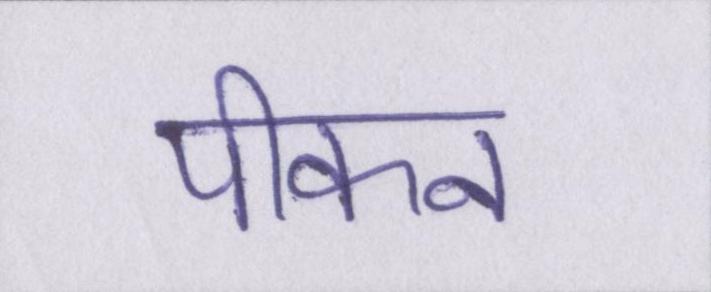
पीकन